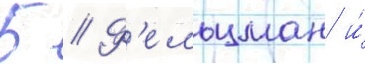
Б // Ф'ельцман и́